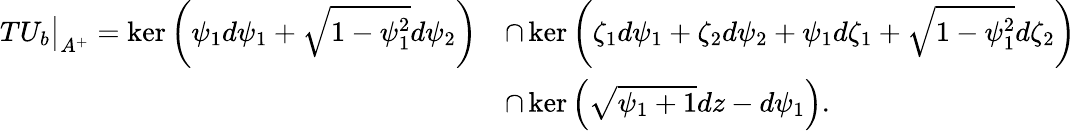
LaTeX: \begin{array}{rl}{TU_{b}\big|_{A^{+}}=\ker\left(\psi_{1}d\psi_{1}+\sqrt{1-\psi_{1}^{2}}d\psi_{2}\right)}&{\cap\ker\left(\zeta_{1}d\psi_{1}+\zeta_{2}d\psi_{2}+\psi_{1}d\zeta_{1}+\sqrt{1-\psi_{1}^{2}}d\zeta_{2}\right)}\\ &{\cap\ker\left(\sqrt{\psi_{1}+1}dz-d\psi_{1}\right).}\end{array}